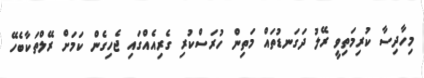
މިހާދިސާ ކުރިމަތިވީ ރޭލު ދަގަނޑުތައް މަތިން ހުރަސްކުރި ގެރިއެއްގައި ޖެހިގެން ކަމަށް ރޭލްތަކާބެހޭ